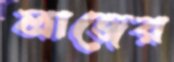
লাজের